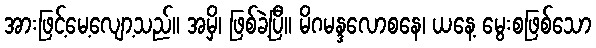
အားဖြင့်မေ့လျော့သည်။ အမှိ၊ ဖြစ်ခဲ့ပြီ။ မိဂမန္ဒလောစနေ၊ ယနေ့ မွေးစဖြစ်သော